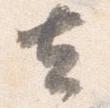
去